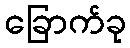
ခြောက်ခု